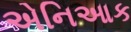
એનિઆક